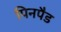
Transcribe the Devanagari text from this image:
पिनपैड